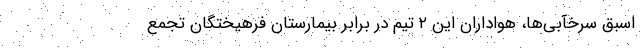
اسبق سرخآبی‌ها، هواداران این ۲ تیم در برابر بیمارستان فرهیختگان تجمع